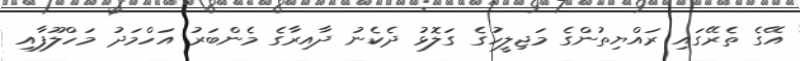
އޭގެ ތެރޭގައި ރައްޔިތުންގެ މަޖިލީހުގެ ގަލޮޅު ދެކެނު ދާއިރާގެ މެންބަރު އަހްމަދު މަހްލޫފާއި